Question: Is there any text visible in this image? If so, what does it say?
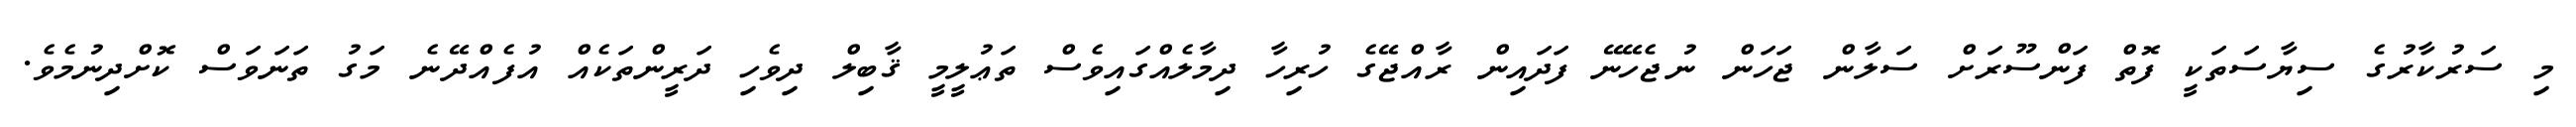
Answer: މި ސަރުކާރުގެ ސިޔާސަތަކީ ފޮތް ފަންސޫރަށް ސަލާން ޖަހަން ނުޖެހޭނޭ ފަދައިން ރާއްޖޭގެ ހުރިހާ ދިމާލެއްގައިވެސް ތަޢުލީމީ ޤާބިލް ދިވެހި ދަރީންތަކެއް އުފެއްދޭނެ މަގު ތަނަވަސް ކޮށްދިނުމެވެ.